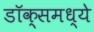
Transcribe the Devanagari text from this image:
डॉक्समध्ये